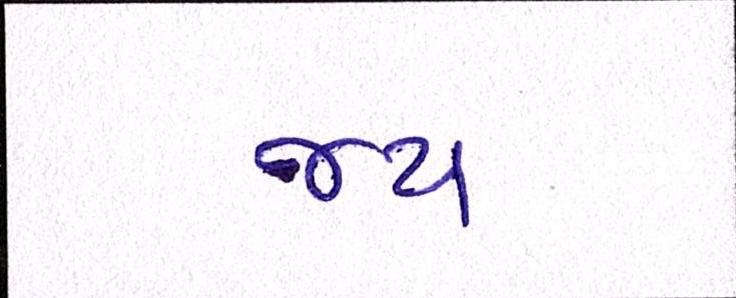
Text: જય